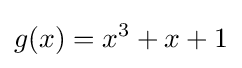
g(x)=x^{3}+x+1